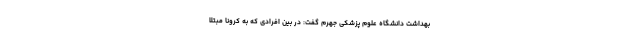
بهداشت دانشگاه علوم پزشکی جهرم گفت: در بین افرادی که به کرونا مبتلا